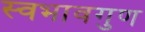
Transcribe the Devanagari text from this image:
स्वभावगुण